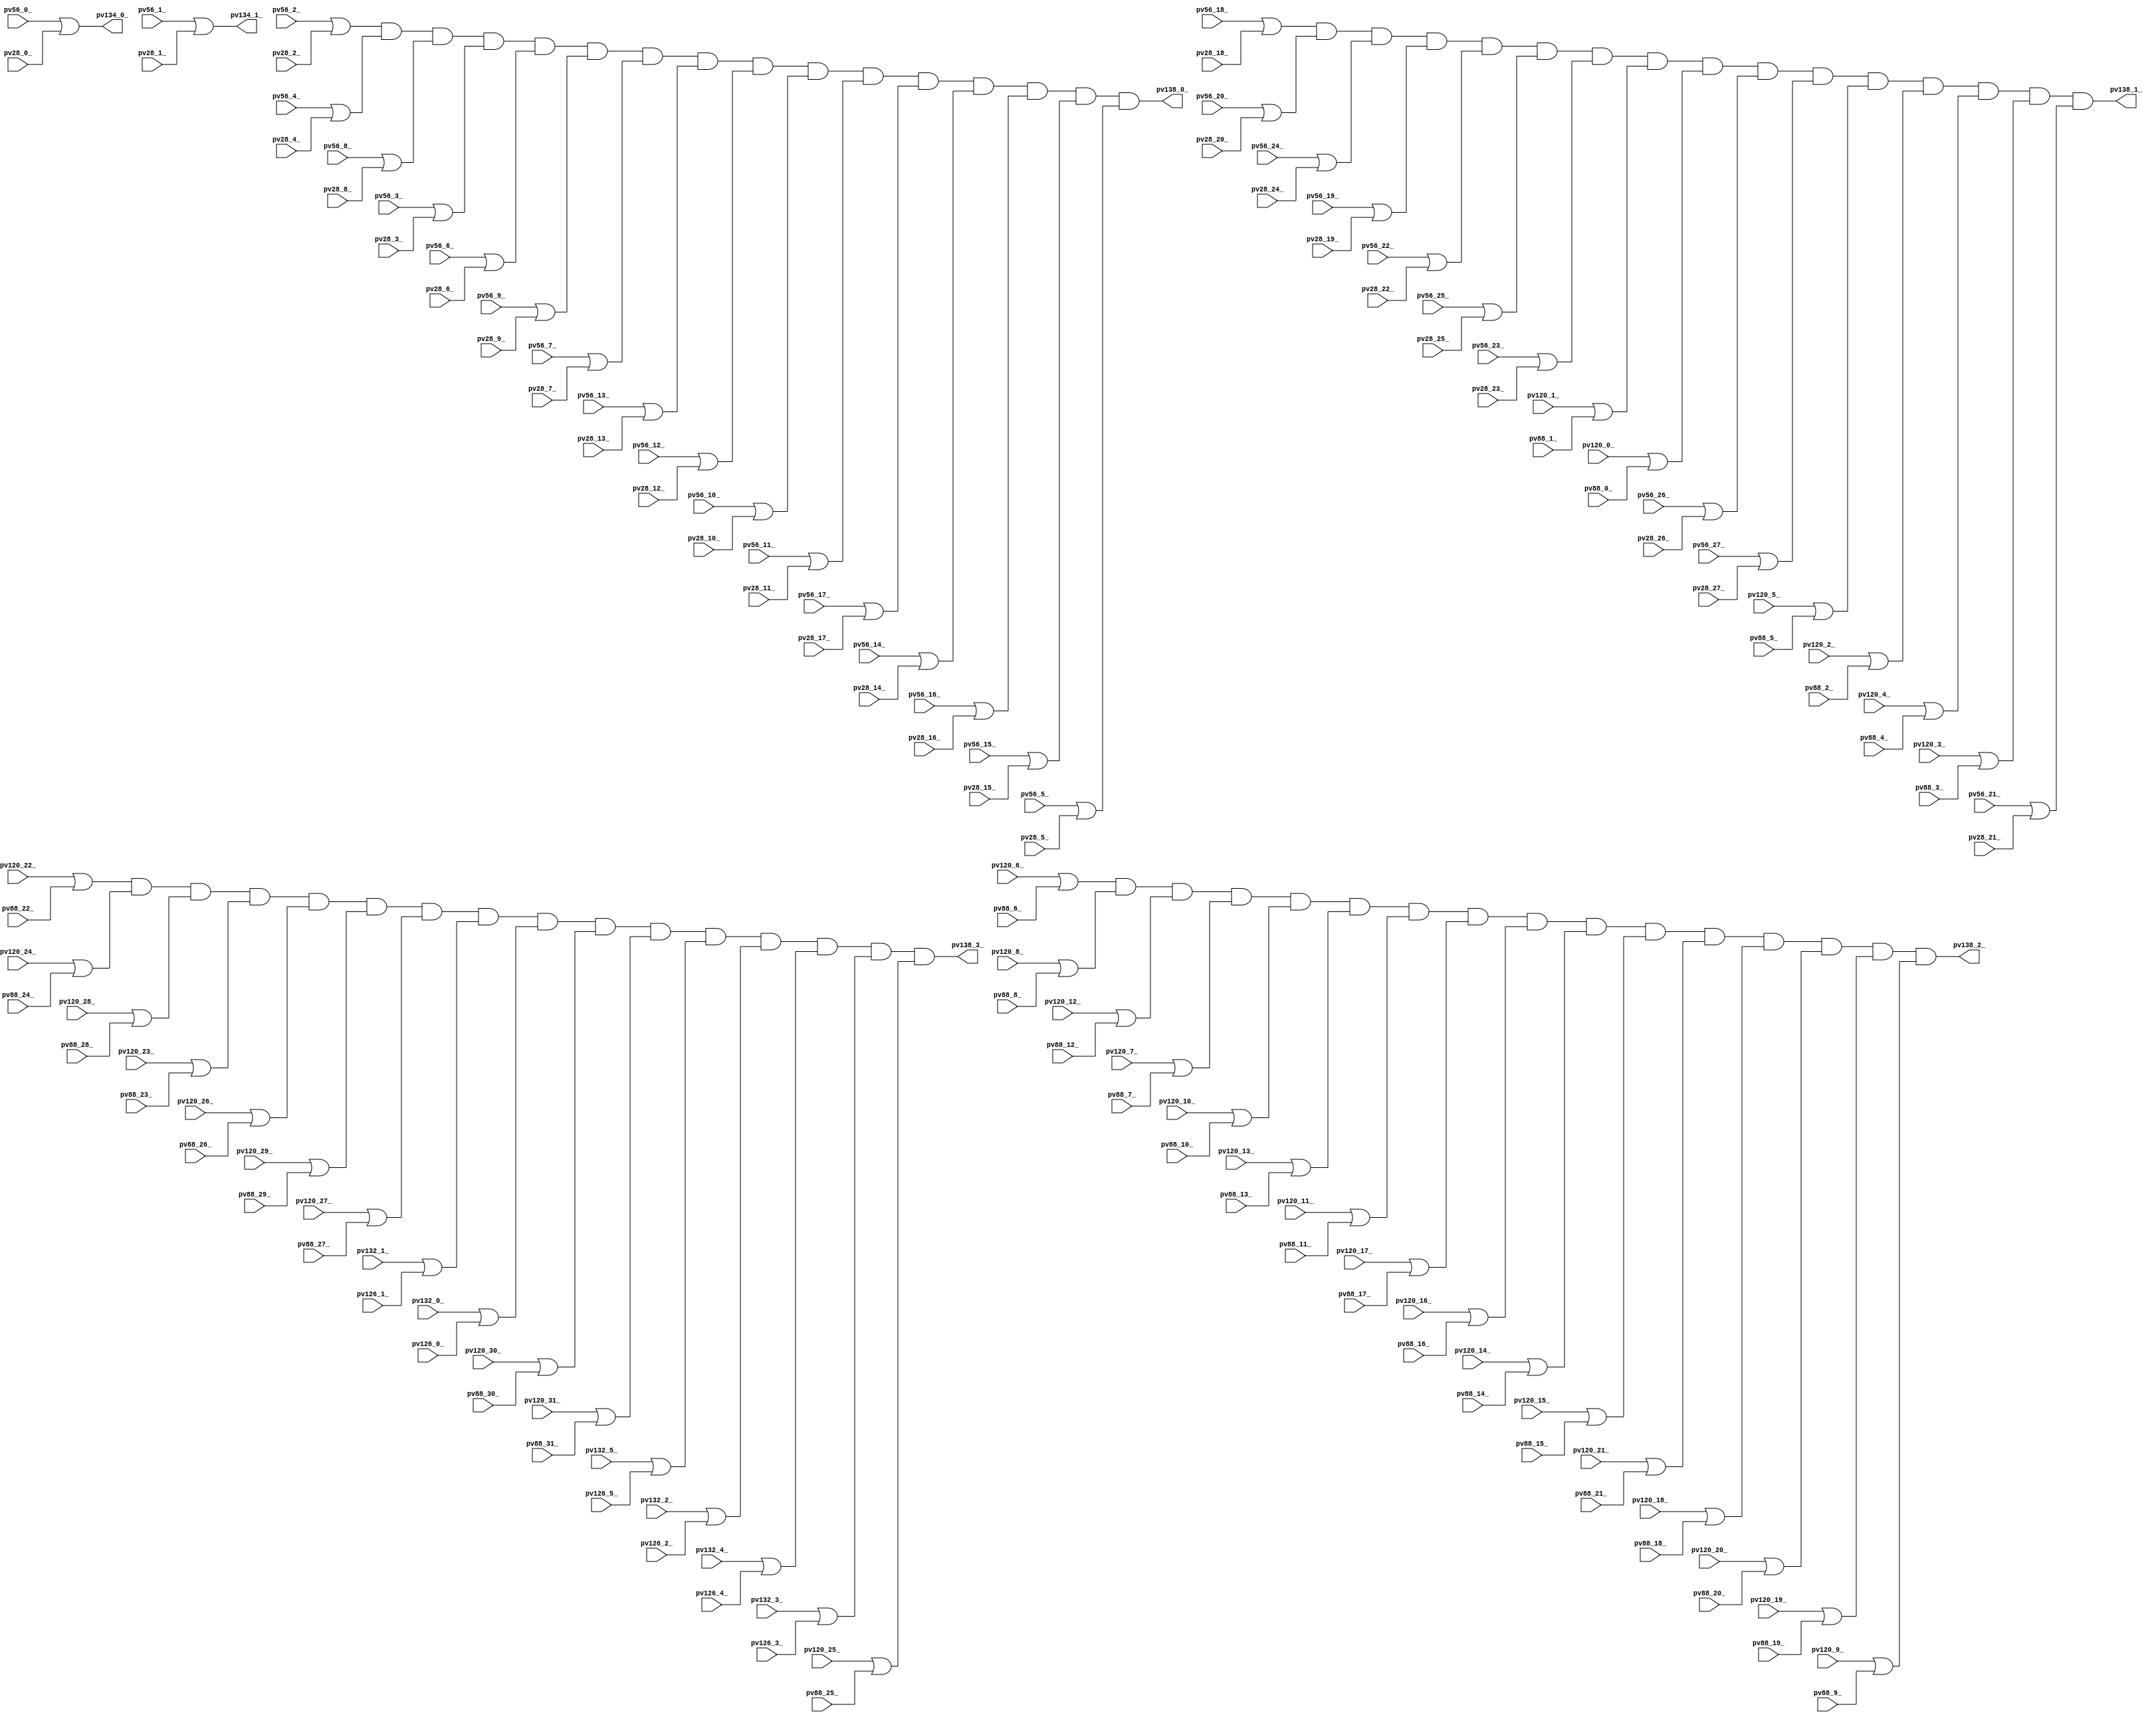
// Benchmark "top" written by ABC on Fri Mar 31 12:07:18 2023

module top ( 
    pv28_20_, pv56_12_, pv56_23_, pv88_6_, pv88_19_, pv120_16_, pv120_29_,
    pv28_10_, pv56_13_, pv56_22_, pv88_7_, pv88_29_, pv120_15_, pv56_14_,
    pv56_25_, pv88_8_, pv88_17_, pv88_28_, pv120_18_, pv56_15_, pv56_24_,
    pv88_9_, pv88_18_, pv88_27_, pv120_17_, pv88_2_, pv88_15_, pv88_26_,
    pv120_12_, pv88_3_, pv88_16_, pv88_25_, pv120_11_, pv56_10_, pv56_21_,
    pv88_4_, pv88_13_, pv88_24_, pv120_14_, pv126_5_, pv56_11_, pv56_20_,
    pv88_5_, pv88_14_, pv88_23_, pv120_13_, pv28_8_, pv56_5_, pv88_11_,
    pv88_22_, pv120_5_, pv132_0_, pv28_9_, pv56_4_, pv88_12_, pv88_21_,
    pv120_6_, pv28_6_, pv56_7_, pv88_20_, pv120_3_, pv120_10_, pv28_7_,
    pv56_6_, pv88_10_, pv120_4_, pv28_4_, pv56_9_, pv120_1_, pv28_5_,
    pv56_8_, pv120_2_, pv28_2_, pv28_3_, pv120_0_, pv28_0_, pv28_1_,
    pv132_5_, pv56_1_, pv120_9_, pv120_30_, pv132_4_, pv56_0_, pv88_30_,
    pv132_3_, pv28_19_, pv56_3_, pv88_31_, pv120_7_, pv132_2_, pv56_2_,
    pv120_8_, pv120_20_, pv132_1_, pv28_17_, pv120_21_, pv126_3_, pv28_18_,
    pv28_27_, pv120_22_, pv126_4_, pv28_15_, pv28_26_, pv88_0_, pv120_23_,
    pv126_1_, pv28_16_, pv28_25_, pv88_1_, pv120_24_, pv120_31_, pv126_2_,
    pv28_13_, pv28_24_, pv56_16_, pv56_27_, pv120_25_, pv28_14_, pv28_23_,
    pv56_17_, pv56_26_, pv120_19_, pv120_26_, pv126_0_, pv28_11_, pv28_22_,
    pv56_18_, pv120_27_, pv28_12_, pv28_21_, pv56_19_, pv120_28_,
    pv138_3_, pv138_2_, pv138_1_, pv138_0_, pv134_1_, pv134_0_  );
  input  pv28_20_, pv56_12_, pv56_23_, pv88_6_, pv88_19_, pv120_16_,
    pv120_29_, pv28_10_, pv56_13_, pv56_22_, pv88_7_, pv88_29_, pv120_15_,
    pv56_14_, pv56_25_, pv88_8_, pv88_17_, pv88_28_, pv120_18_, pv56_15_,
    pv56_24_, pv88_9_, pv88_18_, pv88_27_, pv120_17_, pv88_2_, pv88_15_,
    pv88_26_, pv120_12_, pv88_3_, pv88_16_, pv88_25_, pv120_11_, pv56_10_,
    pv56_21_, pv88_4_, pv88_13_, pv88_24_, pv120_14_, pv126_5_, pv56_11_,
    pv56_20_, pv88_5_, pv88_14_, pv88_23_, pv120_13_, pv28_8_, pv56_5_,
    pv88_11_, pv88_22_, pv120_5_, pv132_0_, pv28_9_, pv56_4_, pv88_12_,
    pv88_21_, pv120_6_, pv28_6_, pv56_7_, pv88_20_, pv120_3_, pv120_10_,
    pv28_7_, pv56_6_, pv88_10_, pv120_4_, pv28_4_, pv56_9_, pv120_1_,
    pv28_5_, pv56_8_, pv120_2_, pv28_2_, pv28_3_, pv120_0_, pv28_0_,
    pv28_1_, pv132_5_, pv56_1_, pv120_9_, pv120_30_, pv132_4_, pv56_0_,
    pv88_30_, pv132_3_, pv28_19_, pv56_3_, pv88_31_, pv120_7_, pv132_2_,
    pv56_2_, pv120_8_, pv120_20_, pv132_1_, pv28_17_, pv120_21_, pv126_3_,
    pv28_18_, pv28_27_, pv120_22_, pv126_4_, pv28_15_, pv28_26_, pv88_0_,
    pv120_23_, pv126_1_, pv28_16_, pv28_25_, pv88_1_, pv120_24_, pv120_31_,
    pv126_2_, pv28_13_, pv28_24_, pv56_16_, pv56_27_, pv120_25_, pv28_14_,
    pv28_23_, pv56_17_, pv56_26_, pv120_19_, pv120_26_, pv126_0_, pv28_11_,
    pv28_22_, pv56_18_, pv120_27_, pv28_12_, pv28_21_, pv56_19_, pv120_28_;
  output pv138_3_, pv138_2_, pv138_1_, pv138_0_, pv134_1_, pv134_0_;
  wire new_n_n162_, new_n_n179_, new_n_n157_, new_n_n134_, new_n_n108_,
    new_n_n115_, new_n_n89_, new_n_n182_, new_n_n177_, new_n_n159_,
    new_n_n132_, new_n_n88_, new_n_n117_, new_n_n175_, new_n_n153_,
    new_n_n130_, new_n_n112_, new_n_n90_, new_n_n111_, new_n_n173_,
    new_n_n155_, new_n_n128_, new_n_n110_, new_n_n92_, new_n_n113_,
    new_n_n142_, new_n_n116_, new_n_n94_, new_n_n123_, new_n_n140_,
    new_n_n114_, new_n_n96_, new_n_n125_, new_n_n183_, new_n_n161_,
    new_n_n138_, new_n_n120_, new_n_n98_, new_n_n119_, new_n_n72_,
    new_n_n181_, new_n_n163_, new_n_n136_, new_n_n118_, new_n_n100_,
    new_n_n121_, new_n_n186_, new_n_n193_, new_n_n124_, new_n_n102_,
    new_n_n137_, new_n_n83_, new_n_n184_, new_n_n195_, new_n_n122_,
    new_n_n104_, new_n_n135_, new_n_n190_, new_n_n189_, new_n_n106_,
    new_n_n141_, new_n_n127_, new_n_n188_, new_n_n191_, new_n_n126_,
    new_n_n139_, new_n_n194_, new_n_n185_, new_n_n145_, new_n_n192_,
    new_n_n187_, new_n_n143_, new_n_n198_, new_n_n196_, new_n_n147_,
    new_n_n202_, new_n_n200_, new_n_n73_, new_n_n201_, new_n_n129_,
    new_n_n87_, new_n_n75_, new_n_n203_, new_n_n86_, new_n_n77_,
    new_n_n164_, new_n_n197_, new_n_n84_, new_n_n133_, new_n_n79_,
    new_n_n199_, new_n_n131_, new_n_n107_, new_n_n81_, new_n_n168_,
    new_n_n105_, new_n_n76_, new_n_n166_, new_n_n148_, new_n_n103_,
    new_n_n74_, new_n_n172_, new_n_n150_, new_n_n146_, new_n_n101_,
    new_n_n80_, new_n_n170_, new_n_n152_, new_n_n144_, new_n_n99_,
    new_n_n85_, new_n_n78_, new_n_n176_, new_n_n154_, new_n_n171_,
    new_n_n149_, new_n_n97_, new_n_n174_, new_n_n156_, new_n_n169_,
    new_n_n151_, new_n_n109_, new_n_n95_, new_n_n82_, new_n_n180_,
    new_n_n158_, new_n_n167_, new_n_n93_, new_n_n178_, new_n_n160_,
    new_n_n165_, new_n_n91_, new_n_n11_, new_n_n7_, new_n_n8_, new_n_n9_,
    new_n_n10_, new_n_n3_, new_n_n4_, new_n_n5_, new_n_n6_, new_n_n63_,
    new_n_n52_, new_n_n62_, new_n_n53_, new_n_n65_, new_n_n54_, new_n_n64_,
    new_n_n55_, new_n_n2_, new_n_n45_, new_n_n34_, new_n_n23_, new_n_n12_,
    new_n_n44_, new_n_n35_, new_n_n22_, new_n_n13_, new_n_n43_, new_n_n32_,
    new_n_n25_, new_n_n14_, new_n_n42_, new_n_n33_, new_n_n24_, new_n_n15_,
    new_n_n71_, new_n_n60_, new_n_n49_, new_n_n38_, new_n_n27_, new_n_n16_,
    new_n_n70_, new_n_n61_, new_n_n48_, new_n_n39_, new_n_n26_, new_n_n17_,
    new_n_n47_, new_n_n36_, new_n_n29_, new_n_n18_, new_n_n46_, new_n_n37_,
    new_n_n28_, new_n_n19_, new_n_n67_, new_n_n56_, new_n_n31_, new_n_n20_,
    new_n_n66_, new_n_n57_, new_n_n30_, new_n_n21_, new_n_n69_, new_n_n58_,
    new_n_n51_, new_n_n40_, new_n_n68_, new_n_n59_, new_n_n50_, new_n_n41_;
  assign new_n_n162_ = pv28_20_;
  assign new_n_n179_ = pv56_12_;
  assign new_n_n157_ = pv56_23_;
  assign new_n_n134_ = pv88_6_;
  assign new_n_n108_ = pv88_19_;
  assign new_n_n115_ = pv120_16_;
  assign new_n_n89_ = pv120_29_;
  assign new_n_n182_ = pv28_10_;
  assign new_n_n177_ = pv56_13_;
  assign new_n_n159_ = pv56_22_;
  assign new_n_n132_ = pv88_7_;
  assign new_n_n88_ = pv88_29_;
  assign new_n_n117_ = pv120_15_;
  assign new_n_n175_ = pv56_14_;
  assign new_n_n153_ = pv56_25_;
  assign new_n_n130_ = pv88_8_;
  assign new_n_n112_ = pv88_17_;
  assign new_n_n90_ = pv88_28_;
  assign new_n_n111_ = pv120_18_;
  assign new_n_n173_ = pv56_15_;
  assign new_n_n155_ = pv56_24_;
  assign new_n_n128_ = pv88_9_;
  assign new_n_n110_ = pv88_18_;
  assign new_n_n92_ = pv88_27_;
  assign new_n_n113_ = pv120_17_;
  assign pv138_3_ = new_n_n2_;
  assign new_n_n142_ = pv88_2_;
  assign new_n_n116_ = pv88_15_;
  assign new_n_n94_ = pv88_26_;
  assign new_n_n123_ = pv120_12_;
  assign pv138_2_ = new_n_n3_;
  assign new_n_n140_ = pv88_3_;
  assign new_n_n114_ = pv88_16_;
  assign new_n_n96_ = pv88_25_;
  assign new_n_n125_ = pv120_11_;
  assign pv138_1_ = new_n_n4_;
  assign new_n_n183_ = pv56_10_;
  assign new_n_n161_ = pv56_21_;
  assign new_n_n138_ = pv88_4_;
  assign new_n_n120_ = pv88_13_;
  assign new_n_n98_ = pv88_24_;
  assign new_n_n119_ = pv120_14_;
  assign new_n_n72_ = pv126_5_;
  assign pv138_0_ = new_n_n5_;
  assign new_n_n181_ = pv56_11_;
  assign new_n_n163_ = pv56_20_;
  assign new_n_n136_ = pv88_5_;
  assign new_n_n118_ = pv88_14_;
  assign new_n_n100_ = pv88_23_;
  assign new_n_n121_ = pv120_13_;
  assign new_n_n186_ = pv28_8_;
  assign new_n_n193_ = pv56_5_;
  assign new_n_n124_ = pv88_11_;
  assign new_n_n102_ = pv88_22_;
  assign new_n_n137_ = pv120_5_;
  assign new_n_n83_ = pv132_0_;
  assign new_n_n184_ = pv28_9_;
  assign new_n_n195_ = pv56_4_;
  assign new_n_n122_ = pv88_12_;
  assign new_n_n104_ = pv88_21_;
  assign new_n_n135_ = pv120_6_;
  assign new_n_n190_ = pv28_6_;
  assign new_n_n189_ = pv56_7_;
  assign new_n_n106_ = pv88_20_;
  assign new_n_n141_ = pv120_3_;
  assign new_n_n127_ = pv120_10_;
  assign new_n_n188_ = pv28_7_;
  assign new_n_n191_ = pv56_6_;
  assign new_n_n126_ = pv88_10_;
  assign new_n_n139_ = pv120_4_;
  assign new_n_n194_ = pv28_4_;
  assign new_n_n185_ = pv56_9_;
  assign new_n_n145_ = pv120_1_;
  assign new_n_n192_ = pv28_5_;
  assign new_n_n187_ = pv56_8_;
  assign new_n_n143_ = pv120_2_;
  assign new_n_n198_ = pv28_2_;
  assign new_n_n196_ = pv28_3_;
  assign new_n_n147_ = pv120_0_;
  assign new_n_n202_ = pv28_0_;
  assign new_n_n200_ = pv28_1_;
  assign pv134_1_ = new_n_n70_;
  assign pv134_0_ = new_n_n71_;
  assign new_n_n73_ = pv132_5_;
  assign new_n_n201_ = pv56_1_;
  assign new_n_n129_ = pv120_9_;
  assign new_n_n87_ = pv120_30_;
  assign new_n_n75_ = pv132_4_;
  assign new_n_n203_ = pv56_0_;
  assign new_n_n86_ = pv88_30_;
  assign new_n_n77_ = pv132_3_;
  assign new_n_n164_ = pv28_19_;
  assign new_n_n197_ = pv56_3_;
  assign new_n_n84_ = pv88_31_;
  assign new_n_n133_ = pv120_7_;
  assign new_n_n79_ = pv132_2_;
  assign new_n_n199_ = pv56_2_;
  assign new_n_n131_ = pv120_8_;
  assign new_n_n107_ = pv120_20_;
  assign new_n_n81_ = pv132_1_;
  assign new_n_n168_ = pv28_17_;
  assign new_n_n105_ = pv120_21_;
  assign new_n_n76_ = pv126_3_;
  assign new_n_n166_ = pv28_18_;
  assign new_n_n148_ = pv28_27_;
  assign new_n_n103_ = pv120_22_;
  assign new_n_n74_ = pv126_4_;
  assign new_n_n172_ = pv28_15_;
  assign new_n_n150_ = pv28_26_;
  assign new_n_n146_ = pv88_0_;
  assign new_n_n101_ = pv120_23_;
  assign new_n_n80_ = pv126_1_;
  assign new_n_n170_ = pv28_16_;
  assign new_n_n152_ = pv28_25_;
  assign new_n_n144_ = pv88_1_;
  assign new_n_n99_ = pv120_24_;
  assign new_n_n85_ = pv120_31_;
  assign new_n_n78_ = pv126_2_;
  assign new_n_n176_ = pv28_13_;
  assign new_n_n154_ = pv28_24_;
  assign new_n_n171_ = pv56_16_;
  assign new_n_n149_ = pv56_27_;
  assign new_n_n97_ = pv120_25_;
  assign new_n_n174_ = pv28_14_;
  assign new_n_n156_ = pv28_23_;
  assign new_n_n169_ = pv56_17_;
  assign new_n_n151_ = pv56_26_;
  assign new_n_n109_ = pv120_19_;
  assign new_n_n95_ = pv120_26_;
  assign new_n_n82_ = pv126_0_;
  assign new_n_n180_ = pv28_11_;
  assign new_n_n158_ = pv28_22_;
  assign new_n_n167_ = pv56_18_;
  assign new_n_n93_ = pv120_27_;
  assign new_n_n178_ = pv28_12_;
  assign new_n_n160_ = pv28_21_;
  assign new_n_n165_ = pv56_19_;
  assign new_n_n91_ = pv120_28_;
  assign new_n_n11_ = new_n_n83_ | new_n_n82_;
  assign new_n_n7_ = new_n_n75_ | new_n_n74_;
  assign new_n_n8_ = new_n_n77_ | new_n_n76_;
  assign new_n_n9_ = new_n_n79_ | new_n_n78_;
  assign new_n_n10_ = new_n_n81_ | new_n_n80_;
  assign new_n_n3_ = new_n_n37_ & new_n_n35_ & new_n_n31_ & new_n_n36_ & new_n_n33_ & new_n_n30_ & new_n_n32_ & new_n_n26_ & new_n_n27_ & new_n_n29_ & new_n_n28_ & new_n_n22_ & new_n_n25_ & new_n_n23_ & new_n_n24_ & new_n_n34_;
  assign new_n_n4_ = new_n_n53_ & new_n_n51_ & new_n_n47_ & new_n_n52_ & new_n_n49_ & new_n_n46_ & new_n_n48_ & new_n_n42_ & new_n_n43_ & new_n_n45_ & new_n_n44_ & new_n_n38_ & new_n_n41_ & new_n_n39_ & new_n_n40_ & new_n_n50_;
  assign new_n_n5_ = new_n_n69_ & new_n_n67_ & new_n_n63_ & new_n_n68_ & new_n_n65_ & new_n_n62_ & new_n_n64_ & new_n_n58_ & new_n_n59_ & new_n_n61_ & new_n_n60_ & new_n_n54_ & new_n_n57_ & new_n_n55_ & new_n_n56_ & new_n_n66_;
  assign new_n_n6_ = new_n_n73_ | new_n_n72_;
  assign new_n_n63_ = new_n_n187_ | new_n_n186_;
  assign new_n_n52_ = new_n_n165_ | new_n_n164_;
  assign new_n_n62_ = new_n_n185_ | new_n_n184_;
  assign new_n_n53_ = new_n_n167_ | new_n_n166_;
  assign new_n_n65_ = new_n_n191_ | new_n_n190_;
  assign new_n_n54_ = new_n_n169_ | new_n_n168_;
  assign new_n_n64_ = new_n_n189_ | new_n_n188_;
  assign new_n_n55_ = new_n_n171_ | new_n_n170_;
  assign new_n_n2_ = new_n_n21_ & new_n_n19_ & new_n_n15_ & new_n_n20_ & new_n_n17_ & new_n_n14_ & new_n_n16_ & new_n_n10_ & new_n_n11_ & new_n_n13_ & new_n_n12_ & new_n_n6_ & new_n_n9_ & new_n_n7_ & new_n_n8_ & new_n_n18_;
  assign new_n_n45_ = new_n_n151_ | new_n_n150_;
  assign new_n_n34_ = new_n_n129_ | new_n_n128_;
  assign new_n_n23_ = new_n_n107_ | new_n_n106_;
  assign new_n_n12_ = new_n_n85_ | new_n_n84_;
  assign new_n_n44_ = new_n_n149_ | new_n_n148_;
  assign new_n_n35_ = new_n_n131_ | new_n_n130_;
  assign new_n_n22_ = new_n_n105_ | new_n_n104_;
  assign new_n_n13_ = new_n_n87_ | new_n_n86_;
  assign new_n_n43_ = new_n_n147_ | new_n_n146_;
  assign new_n_n32_ = new_n_n125_ | new_n_n124_;
  assign new_n_n25_ = new_n_n111_ | new_n_n110_;
  assign new_n_n14_ = new_n_n89_ | new_n_n88_;
  assign new_n_n42_ = new_n_n145_ | new_n_n144_;
  assign new_n_n33_ = new_n_n127_ | new_n_n126_;
  assign new_n_n24_ = new_n_n109_ | new_n_n108_;
  assign new_n_n15_ = new_n_n91_ | new_n_n90_;
  assign new_n_n71_ = new_n_n203_ | new_n_n202_;
  assign new_n_n60_ = new_n_n181_ | new_n_n180_;
  assign new_n_n49_ = new_n_n159_ | new_n_n158_;
  assign new_n_n38_ = new_n_n137_ | new_n_n136_;
  assign new_n_n27_ = new_n_n115_ | new_n_n114_;
  assign new_n_n16_ = new_n_n93_ | new_n_n92_;
  assign new_n_n70_ = new_n_n201_ | new_n_n200_;
  assign new_n_n61_ = new_n_n183_ | new_n_n182_;
  assign new_n_n48_ = new_n_n157_ | new_n_n156_;
  assign new_n_n39_ = new_n_n139_ | new_n_n138_;
  assign new_n_n26_ = new_n_n113_ | new_n_n112_;
  assign new_n_n17_ = new_n_n95_ | new_n_n94_;
  assign new_n_n47_ = new_n_n155_ | new_n_n154_;
  assign new_n_n36_ = new_n_n133_ | new_n_n132_;
  assign new_n_n29_ = new_n_n119_ | new_n_n118_;
  assign new_n_n18_ = new_n_n97_ | new_n_n96_;
  assign new_n_n46_ = new_n_n153_ | new_n_n152_;
  assign new_n_n37_ = new_n_n135_ | new_n_n134_;
  assign new_n_n28_ = new_n_n117_ | new_n_n116_;
  assign new_n_n19_ = new_n_n99_ | new_n_n98_;
  assign new_n_n67_ = new_n_n195_ | new_n_n194_;
  assign new_n_n56_ = new_n_n173_ | new_n_n172_;
  assign new_n_n31_ = new_n_n123_ | new_n_n122_;
  assign new_n_n20_ = new_n_n101_ | new_n_n100_;
  assign new_n_n66_ = new_n_n193_ | new_n_n192_;
  assign new_n_n57_ = new_n_n175_ | new_n_n174_;
  assign new_n_n30_ = new_n_n121_ | new_n_n120_;
  assign new_n_n21_ = new_n_n103_ | new_n_n102_;
  assign new_n_n69_ = new_n_n199_ | new_n_n198_;
  assign new_n_n58_ = new_n_n177_ | new_n_n176_;
  assign new_n_n51_ = new_n_n163_ | new_n_n162_;
  assign new_n_n40_ = new_n_n141_ | new_n_n140_;
  assign new_n_n68_ = new_n_n197_ | new_n_n196_;
  assign new_n_n59_ = new_n_n179_ | new_n_n178_;
  assign new_n_n50_ = new_n_n161_ | new_n_n160_;
  assign new_n_n41_ = new_n_n143_ | new_n_n142_;
endmodule